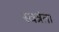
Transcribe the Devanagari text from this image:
स्वत्रंता